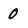
Character: 0